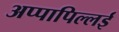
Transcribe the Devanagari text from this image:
अप्पापिल्लई